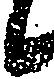
候